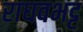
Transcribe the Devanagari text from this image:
राघवभट्ट